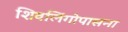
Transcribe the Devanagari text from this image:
शिवलिंगोपासना